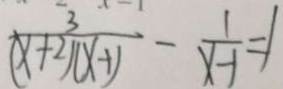
\frac { 3 } { ( x + 2 ) ( 1 x + 1 ) } - \frac { 1 } { x - 1 } = 1